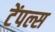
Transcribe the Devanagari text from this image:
टेंपल्स